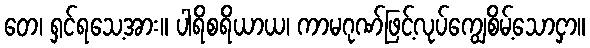
တေ၊ ရှင်ရသေ့အား။ ပါရိစရိယာယ၊ ကာမဂုဏ်ဖြင့်လုပ်ကျွေစိမ့်သောငှာ။